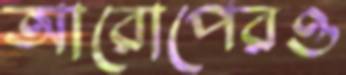
আরোপেরও